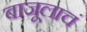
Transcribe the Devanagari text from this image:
बाजूलाचं